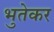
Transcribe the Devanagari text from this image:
भुतेकर